system: You are a helpful assistant.
user:
Analyze the provided spectrum to determine if it is a **M-type Giant (gM)**.

A M-type Giant spectrum is defined by its **strong molecular absorption** features, particularly from **Titanium Oxide (TiO)**. You must check for one of the following mutually exclusive signatures:

- **Key Visual Indicators (Absorption-Dominated Spectrum):**

    - **(Primary):** The spectrum is dominated by strong molecular absorption from **Titanium Oxide (TiO)**. This is the **defining feature** of its M-type temperature class.
        - **(Key Bandheads):** Look for sharp, "saw-tooth" absorption valleys. The strongest are located near **~7050 Å**, **~6160 Å**, and **~5170 Å**.
        - **(Line Profile):** The "saw-tooth" morphology is critical: a **sharp, steep drop on the BLUE (short-wavelength) side** of the bandhead, followed by a gradual recovery (rising flux) towards the RED (long-wavelength) side.

    - **(Key Confirmation - Giant vs. Dwarf):** **ABSENCE** of strong **Calcium Hydride (CaH)** molecular bands. This is the primary diagnostic for *excluding* M-dwarfs.
        - **(Key Region):** The spectrum should lack the strong, broad absorption band seen in dwarfs between **~6800 Å and ~7000 Å**.

    - **(Secondary Confirmation - Giant):** A very strong and broad **Neutral Calcium (Ca I)** atomic absorption line.
        - **(Key Line):** Located at **~4226 Å**. In a giant (gM), this line is significantly deeper and broader than the same line in an M-dwarf (dM) due to low surface gravity.

    - **(Overall Spectrum):**
        - The continuum is **extremely red-sloping** (i.e., flux is very low in the blue and rises dramatically towards the red).
        - The entire spectrum appears "chopped up" by the deep TiO bands.

Think first, call **spectral_visualization_tool** if needed to examine features in detail, then provide your final answer. Your response must adhere to the following strict rules:
1.  **Overall Structure:** Your response must follow the format `<think>...</think> <tool_call>...</tool_call> (if a tool is used) <answer>...</answer>`.
2.  **Tool Usage Constraint:** You may only make **one** tool call per turn.
3.  **Final Answer Format:** In the `<answer>` tag, your conclusion must be inside a `\boxed{}` command (e.g., `\boxed{YES}` or `\boxed{NO}`), followed by your justification.

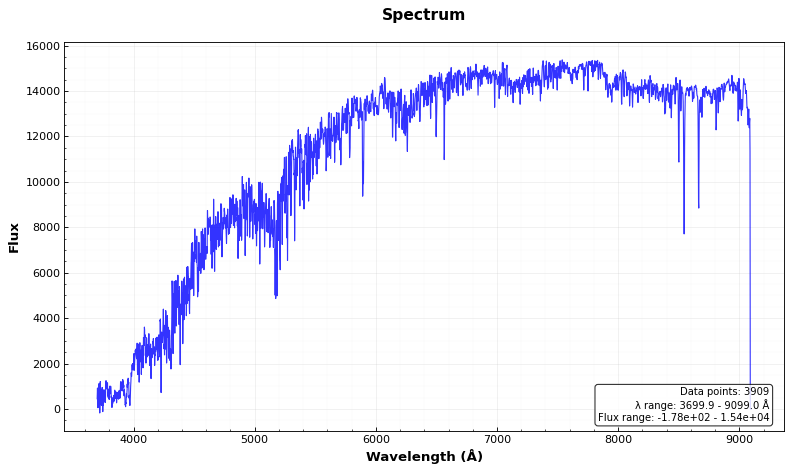
Answer: NO